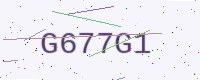
Text: G677G1